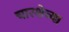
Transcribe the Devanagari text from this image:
चारशेच्या